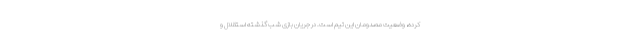
کرده، وضعیت مصدومان این تیم است. در جریان بازی شب گذشته استقلال و